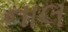
નાલ